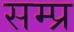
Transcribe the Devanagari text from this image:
सम्प्र